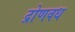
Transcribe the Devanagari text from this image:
द्रोणवध